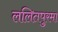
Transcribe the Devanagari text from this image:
ललितपुरमा